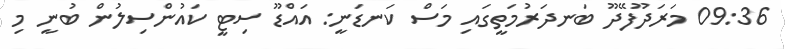
09:36 މަރަދޫފޭދޫ ބަނދަރުމަތީގައި މަސް ކަނޑަނީ: އައްޑޫ ސިޓީ ކައުންސިލުން ބުނީ މި